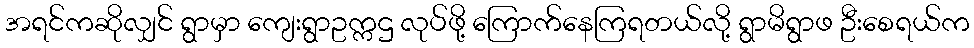
အရင်ကဆိုလျှင် ရွာမှာ ကျေးရွာဥက္ကဌ လုပ်ဖို့ ကြောက်နေကြရတယ်လို့ ရွာမိရွာဖ ဦးစေရယ်က